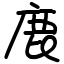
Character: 鹿